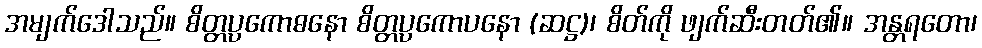
အမျက်ဒေါသည်။ စိတ္တပ္ပကောဓနော စိတ္တပ္ပကောပနော (ဆဋ္ဌ)၊ စိတ်ကို ဖျက်ဆီးတတ်၏။ အန္တရတော၊